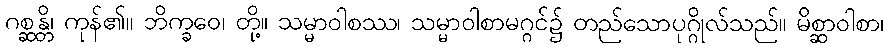
ဂစ္ဆန္တိ၊ ကုန်၏။ ဘိက္ခဝေ၊ တို့။ သမ္မာဝါစဿ၊ သမ္မာဝါစာမဂ္ဂင်၌ တည်သောပုဂ္ဂိုလ်သည်။ မိစ္ဆာဝါစာ၊